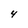
Character: 4